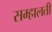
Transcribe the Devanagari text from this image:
सम्हालती